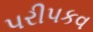
પરીપકવ